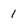
Character: 1